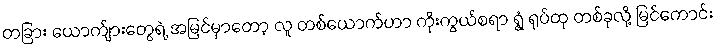
တခြား ယောက်ျားတွေရဲ့ အမြင်မှာတော့ လူ တစ်ယောက်ဟာ ကိုးကွယ်စရာ ရွံ့ ရုပ်ထု တစ်ခုလို့ မြင်ကောင်း